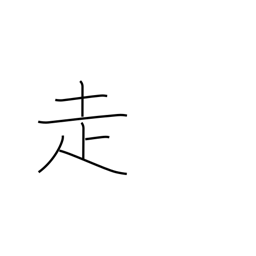
Meaning: run